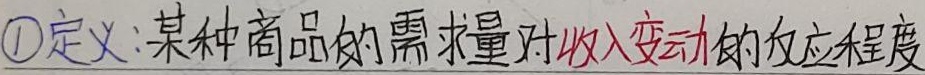
定义：某种商品的需求量对收入变动的反应程度